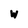
Character: w